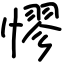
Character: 憀